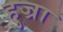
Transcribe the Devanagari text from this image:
हुज्रा